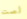
لست